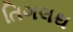
તિગલથ